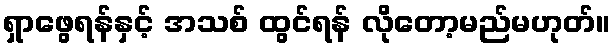
ရှာဖွေရန်နှင့် အသစ် ထွင်ရန် လိုတော့မည်မဟုတ်။